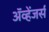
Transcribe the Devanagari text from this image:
ॲव्हेंजर्स